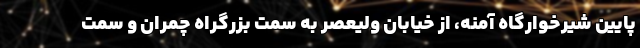
پایین‌ شیرخوارگاه آمنه، از خیابان ولیعصر به سمت بزرگراه چمران و سمت